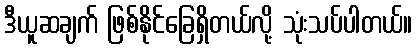
ဒီယူဆချက် ဖြစ်နိုင်ခြေရှိတယ်လို့ သုံးသပ်ပါတယ်။